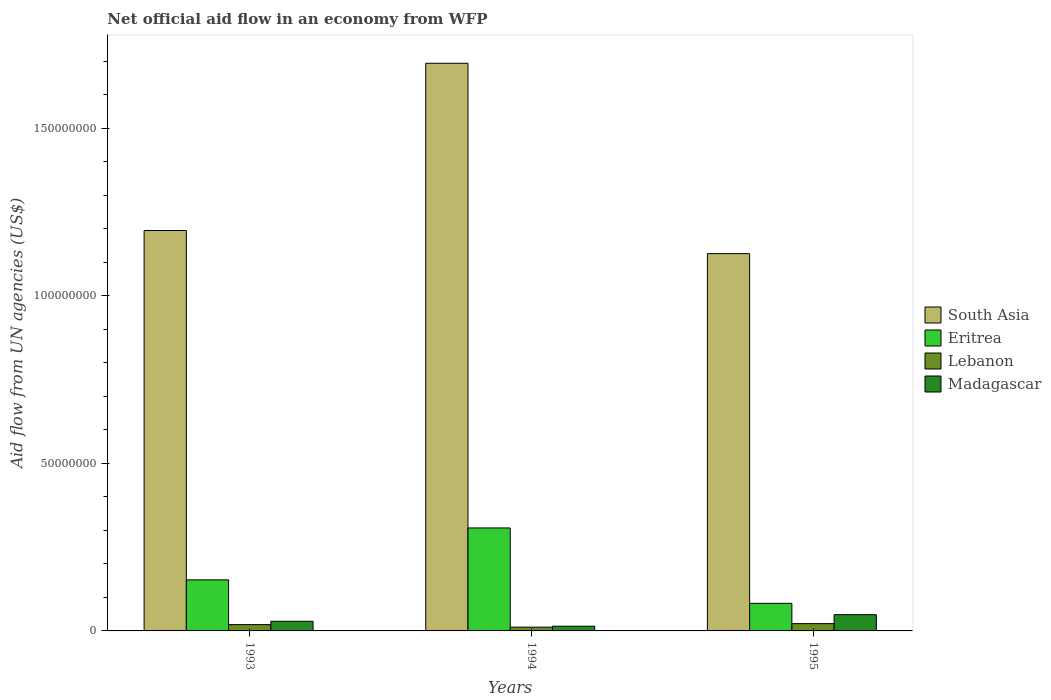
| Years | South Asia | Eritrea | Lebanon | Madagascar |
 | --- | --- | --- | --- | --- |
 | 1993 | 1.2e+08 | 1.52e+07 | 1.88e+06 | 2.88e+06 |
 | 1994 | 1.69e+08 | 3.07e+07 | 1.12e+06 | 1.41e+06 |
 | 1995 | 1.13e+08 | 8.23e+06 | 2.18e+06 | 4.85e+06 |